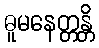
ဓူမနေတ္တန္တိ